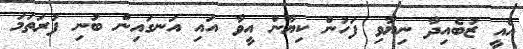
އެއީ ޒުބެއިދާ ނިޔާވި ފަހުން ކިޔާން އީވާ އައި އަނގައިން ބުނި ފުރަތަމަ